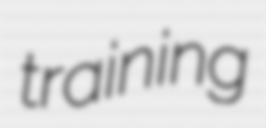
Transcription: training